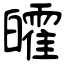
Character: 皬